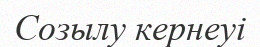
Созылу кернеуі